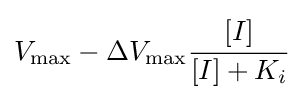
V_{\max }-\Delta V_{\max }{\cfrac {[I]}{[I]+K_{i}}}